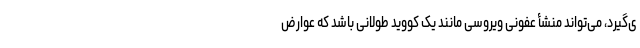
ی‌گیرد، می‌تواند منشأ عفونی ویروسی مانند یک کووید طولانی باشد که عوارض